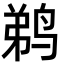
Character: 鹈